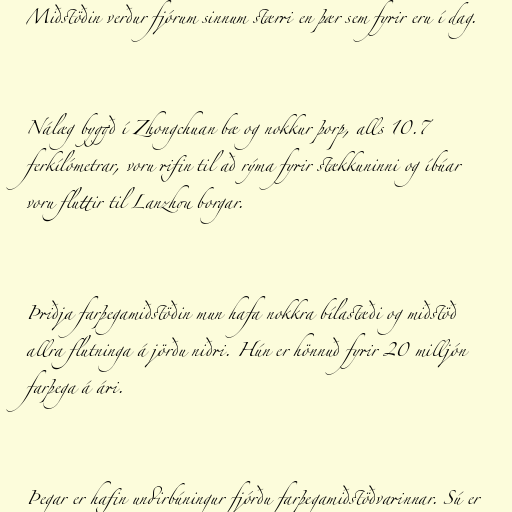
Miðstöðin verður fjórum sinnum stærri en þær sem fyrir eru í dag.

Nálæg byggð í Zhongchuan bæ og nokkur þorp, alls 10.7
ferkílómetrar, voru rifin til að rýma fyrir stækkuninni og íbúar
voru fluttir til Lanzhou borgar.

Þriðja farþegamiðstöðin mun hafa nokkra bílastæði og miðstöð
allra flutninga á jörðu niðri. Hún er hönnuð fyrir 20 milljón
farþega á ári.

Þegar er hafin undirbúningur fjórðu farþegamiðstöðvarinnar. Sú er